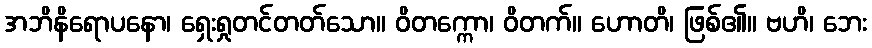
အဘိနိရောပနော၊ ရှေးရှုတင်တတ်သော။ ဝိတက္ကော၊ ဝိတက်။ ဟောတိ၊ ဖြစ်၏။ ဗဟိ၊ ဘေး